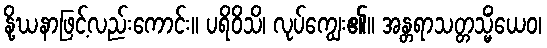
နို့ဃနာဖြင့်လည်းကောင်း။ ပရိဝိသိ၊ လုပ်ကျွေး၏။ အန္တရာသတ္တသ္မိံယေဝ၊